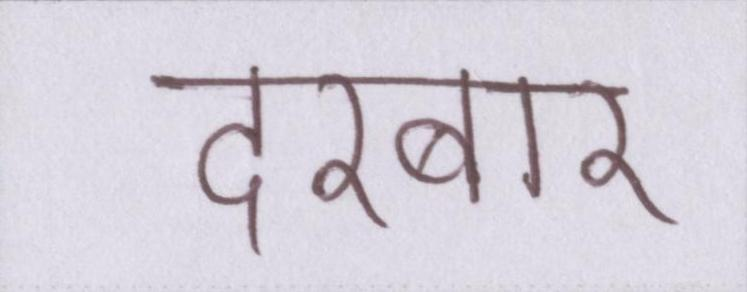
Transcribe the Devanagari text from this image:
दरबार